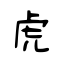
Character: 虎